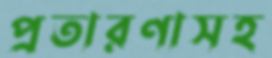
প্রতারণাসহ